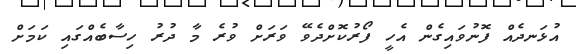
އުޅަނދެއް ފޮނުވައިގެން އެހީ ފޯރުކޮށްދެވޭ ވަރަށް ވުރެ މާ ދުރު ހިސާބެއްގައި ކަމަށް